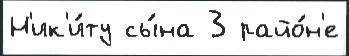
Н'ик'и́ту сы́на 3 райо́н'е